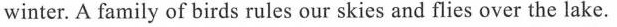
winter. A family of birds rules our skies and flies over the lake.